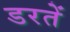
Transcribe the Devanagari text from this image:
डरतें